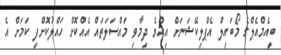
ބީއެމްއެލްގެ މޯބައިލް އެޕްލިކޭޝަނަށް އިއްޔެ ދިމާވި މައްސަލަތައް އެއްކޮށް ހައްލުކޮށްފި ކަމަށް އެ